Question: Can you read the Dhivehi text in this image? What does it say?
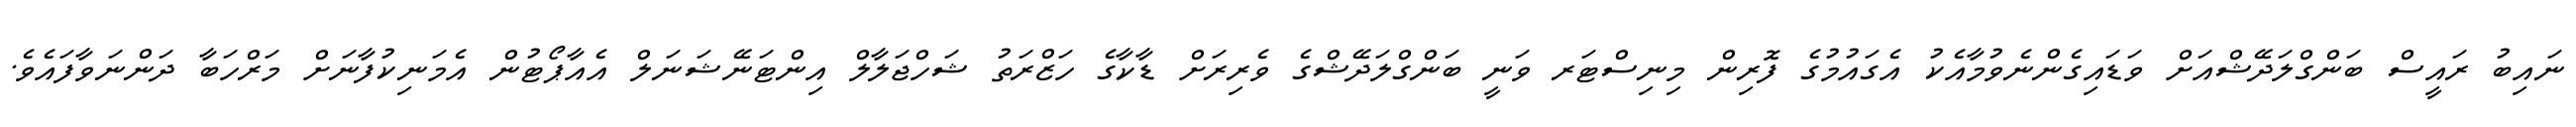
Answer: ނައިބު ރައީސް ބަންގްލަދޭޝްއަށް ވަޑައިގެންނެވުމާއެކު އެގައުމުގެ ފޮރިން މިނިސްޓަރ ވަނީ ބަންގްލަދޭޝްގެ ވެރިރަށް ޑާކާގެ ހަޒްރަތު ޝަހްޖަލާލް އިންޓަނޭޝަނަލް އެއާޕޯޓުން އެމަނިކުފާނަށް މަރްހަބާ ދަންނަވާފައެވެ.